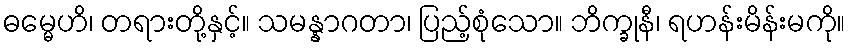
ဓမ္မေဟိ၊ တရားတို့နှင့်။ သမန္နာဂတာ၊ ပြည့်စုံသော။ ဘိက္ခုနီ၊ ရဟန်းမိန်းမကို။